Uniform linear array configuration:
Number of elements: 24
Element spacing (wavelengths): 0.5
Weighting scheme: exponential
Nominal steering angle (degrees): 45
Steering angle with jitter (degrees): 45.046
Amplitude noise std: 0.05
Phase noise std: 0.05

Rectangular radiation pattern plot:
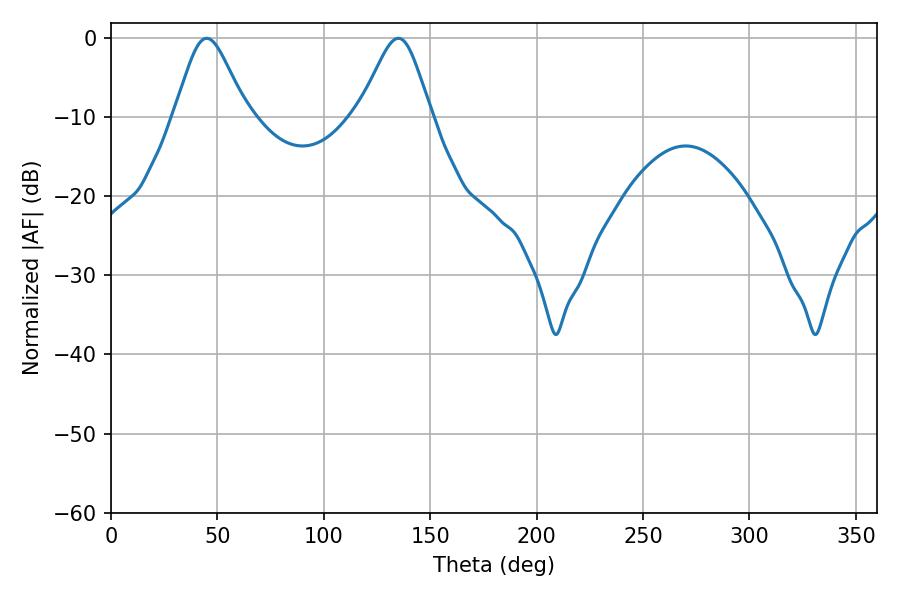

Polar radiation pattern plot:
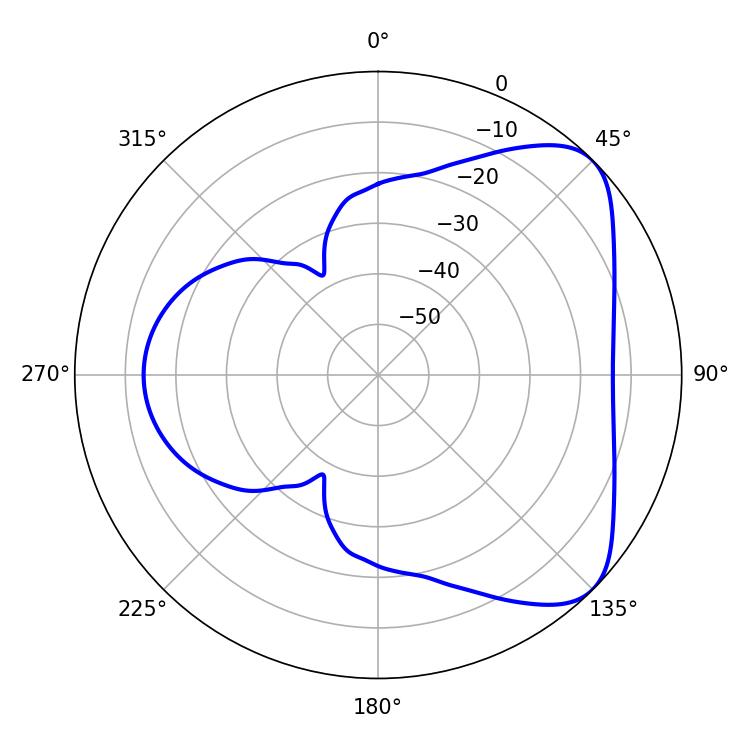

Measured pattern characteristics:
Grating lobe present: FALSE
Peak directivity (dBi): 6.014
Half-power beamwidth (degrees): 16.56
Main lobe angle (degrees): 45